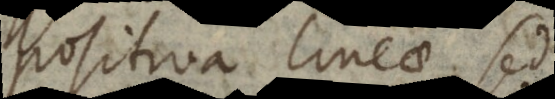
positiva lineae sed